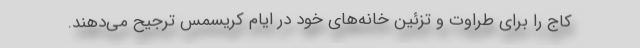
کاج را برای طراوت و تزئین خانه‌های خود در ایام کریسمس ترجیح می‌دهند.